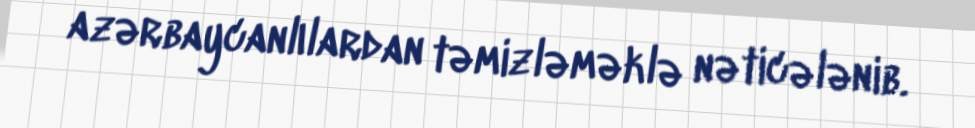
azərbaycanlılardan təmizləməklə nəticələnib.